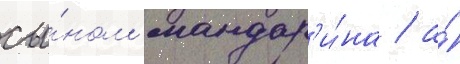
сы́ном мандар'и́на / а́